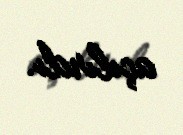
açılırdı.